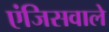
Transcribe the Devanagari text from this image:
एंजिसवाले